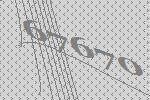
67670